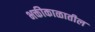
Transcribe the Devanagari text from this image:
भक्तीकाळातील